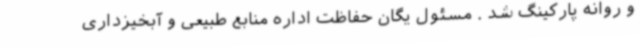
و روانه پارکینگ شد . مسئول یگان حفاظت اداره منابع طبیعی و آبخیزداری